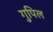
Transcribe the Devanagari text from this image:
गुपिल